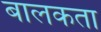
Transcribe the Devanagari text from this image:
बालकता